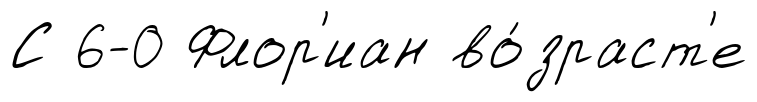
С 6-0 Флор'иан во́зраст'е